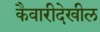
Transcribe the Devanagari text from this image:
कैवारीदेखील